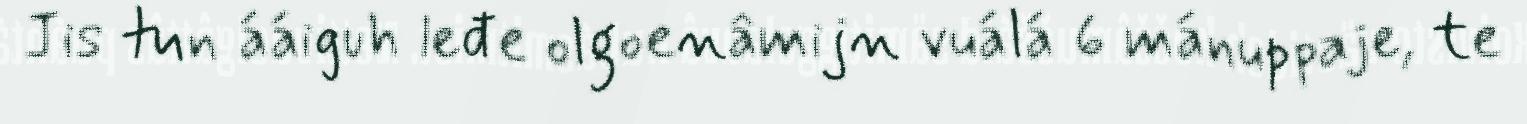
Jis tun ááiguh leđe olgoenâmijn vuálá 6 mánuppaje, te